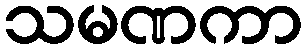
သမဏကာ